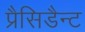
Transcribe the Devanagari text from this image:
प्रैसिडैन्ट